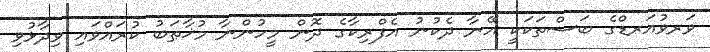
ވަރވުއަރޑްގެ ބަސްތަކަކީ އޭނާ ދެކުނު އެފްރިކާގެ ދޮން މީހުންނާ މުޚާޠަބު ކުރައްވައި ވިދާޅުވި